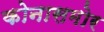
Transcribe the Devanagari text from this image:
कोनासमोर